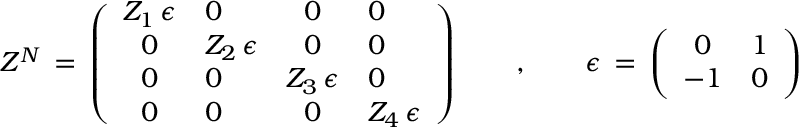
Z ^ { \cal N } \, = \, \left( \begin{array} { c l c l } { { Z _ { 1 } \, \epsilon } } & { { 0 } } & { { 0 } } & { { 0 } } \\ { { 0 } } & { { Z _ { 2 } \, \epsilon } } & { { 0 } } & { { 0 } } \\ { { 0 } } & { { 0 } } & { { Z _ { 3 } \, \epsilon } } & { { 0 } } \\ { { 0 } } & { { 0 } } & { { 0 } } & { { Z _ { 4 } \, \epsilon } } \end{array} \right) \qquad , \qquad \epsilon \, = \, \left( \begin{array} { c l } { { 0 } } & { { 1 } } \\ { { - 1 } } & { { 0 } } \end{array} \right)